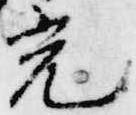
光